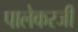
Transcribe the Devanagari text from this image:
पालेकरजी